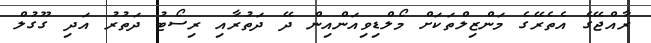
ރާއްޖޭގެ އެތެރޭގެ މަންޒިލްތަކަށް މޯލްޑިވިއަންއިން ދޭ ދަތުރާއި ރިސޯޓު ދަތުރު އަދި ގޫގުލް